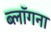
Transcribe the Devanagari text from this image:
ब्लॉगना